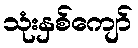
သုံးနှစ်ကျော်